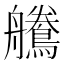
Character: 𪅻